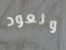
ونعود